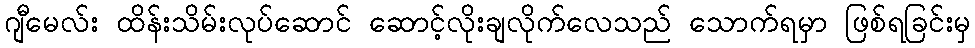
ဂျီမေလ်း ထိန်းသိမ်းလုပ်ဆောင် ဆောင့်လိုးချလိုက်လေသည် သောက်ရမှာ ဖြစ်ရခြင်းမှ